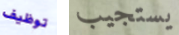
توظيف يستجيب